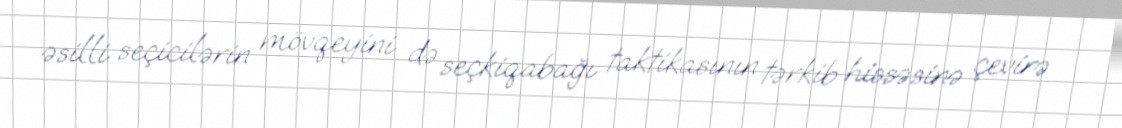
əsilli seçicilərin mövqeyini də seçkiqabağı taktikasının tərkib hissəsinə çevirə